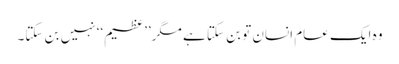
وہ ایک عام انسان تو بن سکتا ہے مگر’’عظیم‘‘ نہیں بن سکتا۔